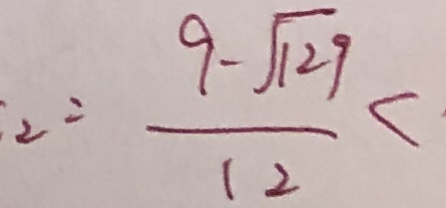
2 = \frac { 9 - \sqrt { 1 2 9 } } { 1 2 } <